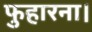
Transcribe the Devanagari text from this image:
फुहारना।